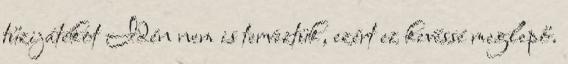
tűzijátékot Idén nem is terveztük, ezért ez kevéssé meglepő.